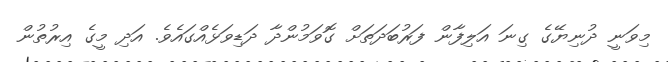
މިވަނީ ދުނިޔޭގެ ގިނަ އަލިފާން ފަރުބަދަތަށް ގޮވަމުންދާ ދަޑިވަޅެއްގައެވެ. އަދި މީގެ އިރުތުން